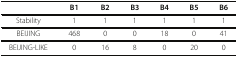
|  | B1 | B2 | B3 | B4 | B5 | B6 |
 | --- | --- | --- | --- | --- | --- | --- |
 | Stability | 1 | 1 | 1 | 1 | 1 | 1 |
 | BEIJING | 468 | 0 | 0 | 18 | 0 | 41 |
 | BEIJING-LIKE | 0 | 16 | 8 | 0 | 20 | 0 |